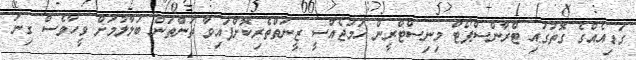
ގަޑިއެއްގެ ގޮތުގައި ޓްރާންސްޕޯޓް މިނިސްޓްރީން ހަމަޖެއްސީ ޒީނަތްތެރިކޮށްފައިވާ ތަންތަން ބަލާލުމަށް ވީހާވެސް ގިނަ